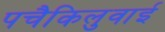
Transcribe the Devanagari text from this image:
पचैकिलुवाई